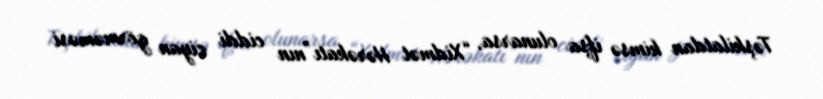
Təşkilatdan kimsə ifşa olunarsa, “Xidmət Hərəkatı”nın ciddi ziyan görməməsi